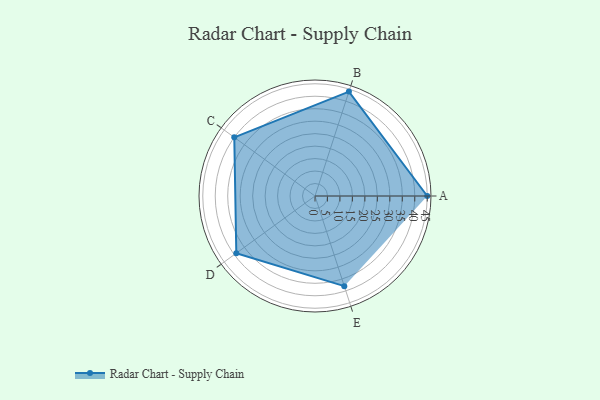
{"axis": {"x": "Skill", "y": "Score"}, "legend": ["Profile"], "data": [{"x": "A", "y": 45.0, "type": "Profile"}, {"x": "B", "y": 44.0, "type": "Profile"}, {"x": "C", "y": 40.0, "type": "Profile"}, {"x": "D", "y": 39.0, "type": "Profile"}, {"x": "E", "y": 38.0, "type": "Profile"}]}